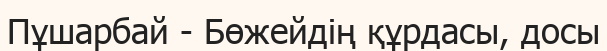
Пұшарбай - Бөжейдің құрдасы, досы